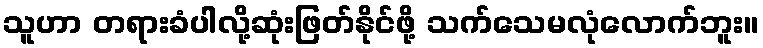
သူဟာ တရားခံပါလို့ဆုံးဖြတ်နိုင်ဖို့ သက်သေမလုံလောက်ဘူး။